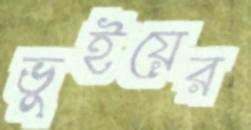
ভুইয়ের